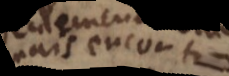
mais encor